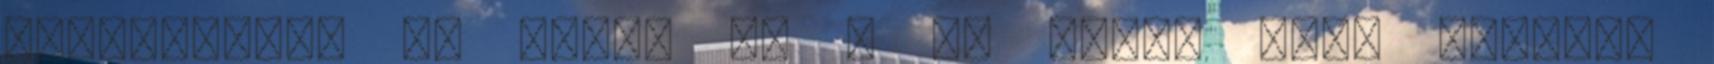
Tiszakeszi: M. Varga G. – M. Varga Cs., Molnár,